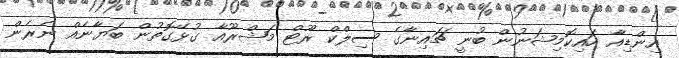
އިންޑިއާ ހައިކޮމިޝަނުން ބުނީ ޗައިނާގެ ސިލްކް ރޫޓް މަޝްރޫއާ ގުޅޭގޮތުން ބަޔާނެއް ނެރެން